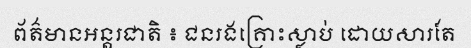
ព័ត៌មានអន្តរជាតិ ៖ ជនរងគ្រោះស្លាប់ ដោយសារតែ